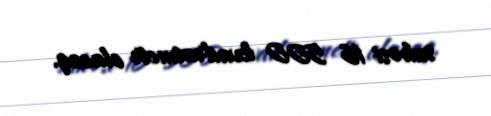
sahəsi 16 500 kvadratmetr olacaq.